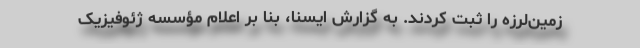
زمین‌لرزه را ثبت کردند. به گزارش ایسنا، بنا بر اعلام مؤسسه ژئوفیزیک